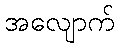
အလျောက်